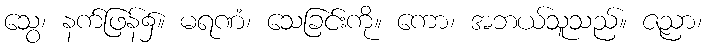
သွေ၊ နက်ဖြန်၌။ မရဏံ၊ သေခြင်းကို။ ကော၊ အဘယ်သူသည်။ ဇညာ၊